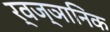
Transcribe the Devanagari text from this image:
र्वज्ञानिक